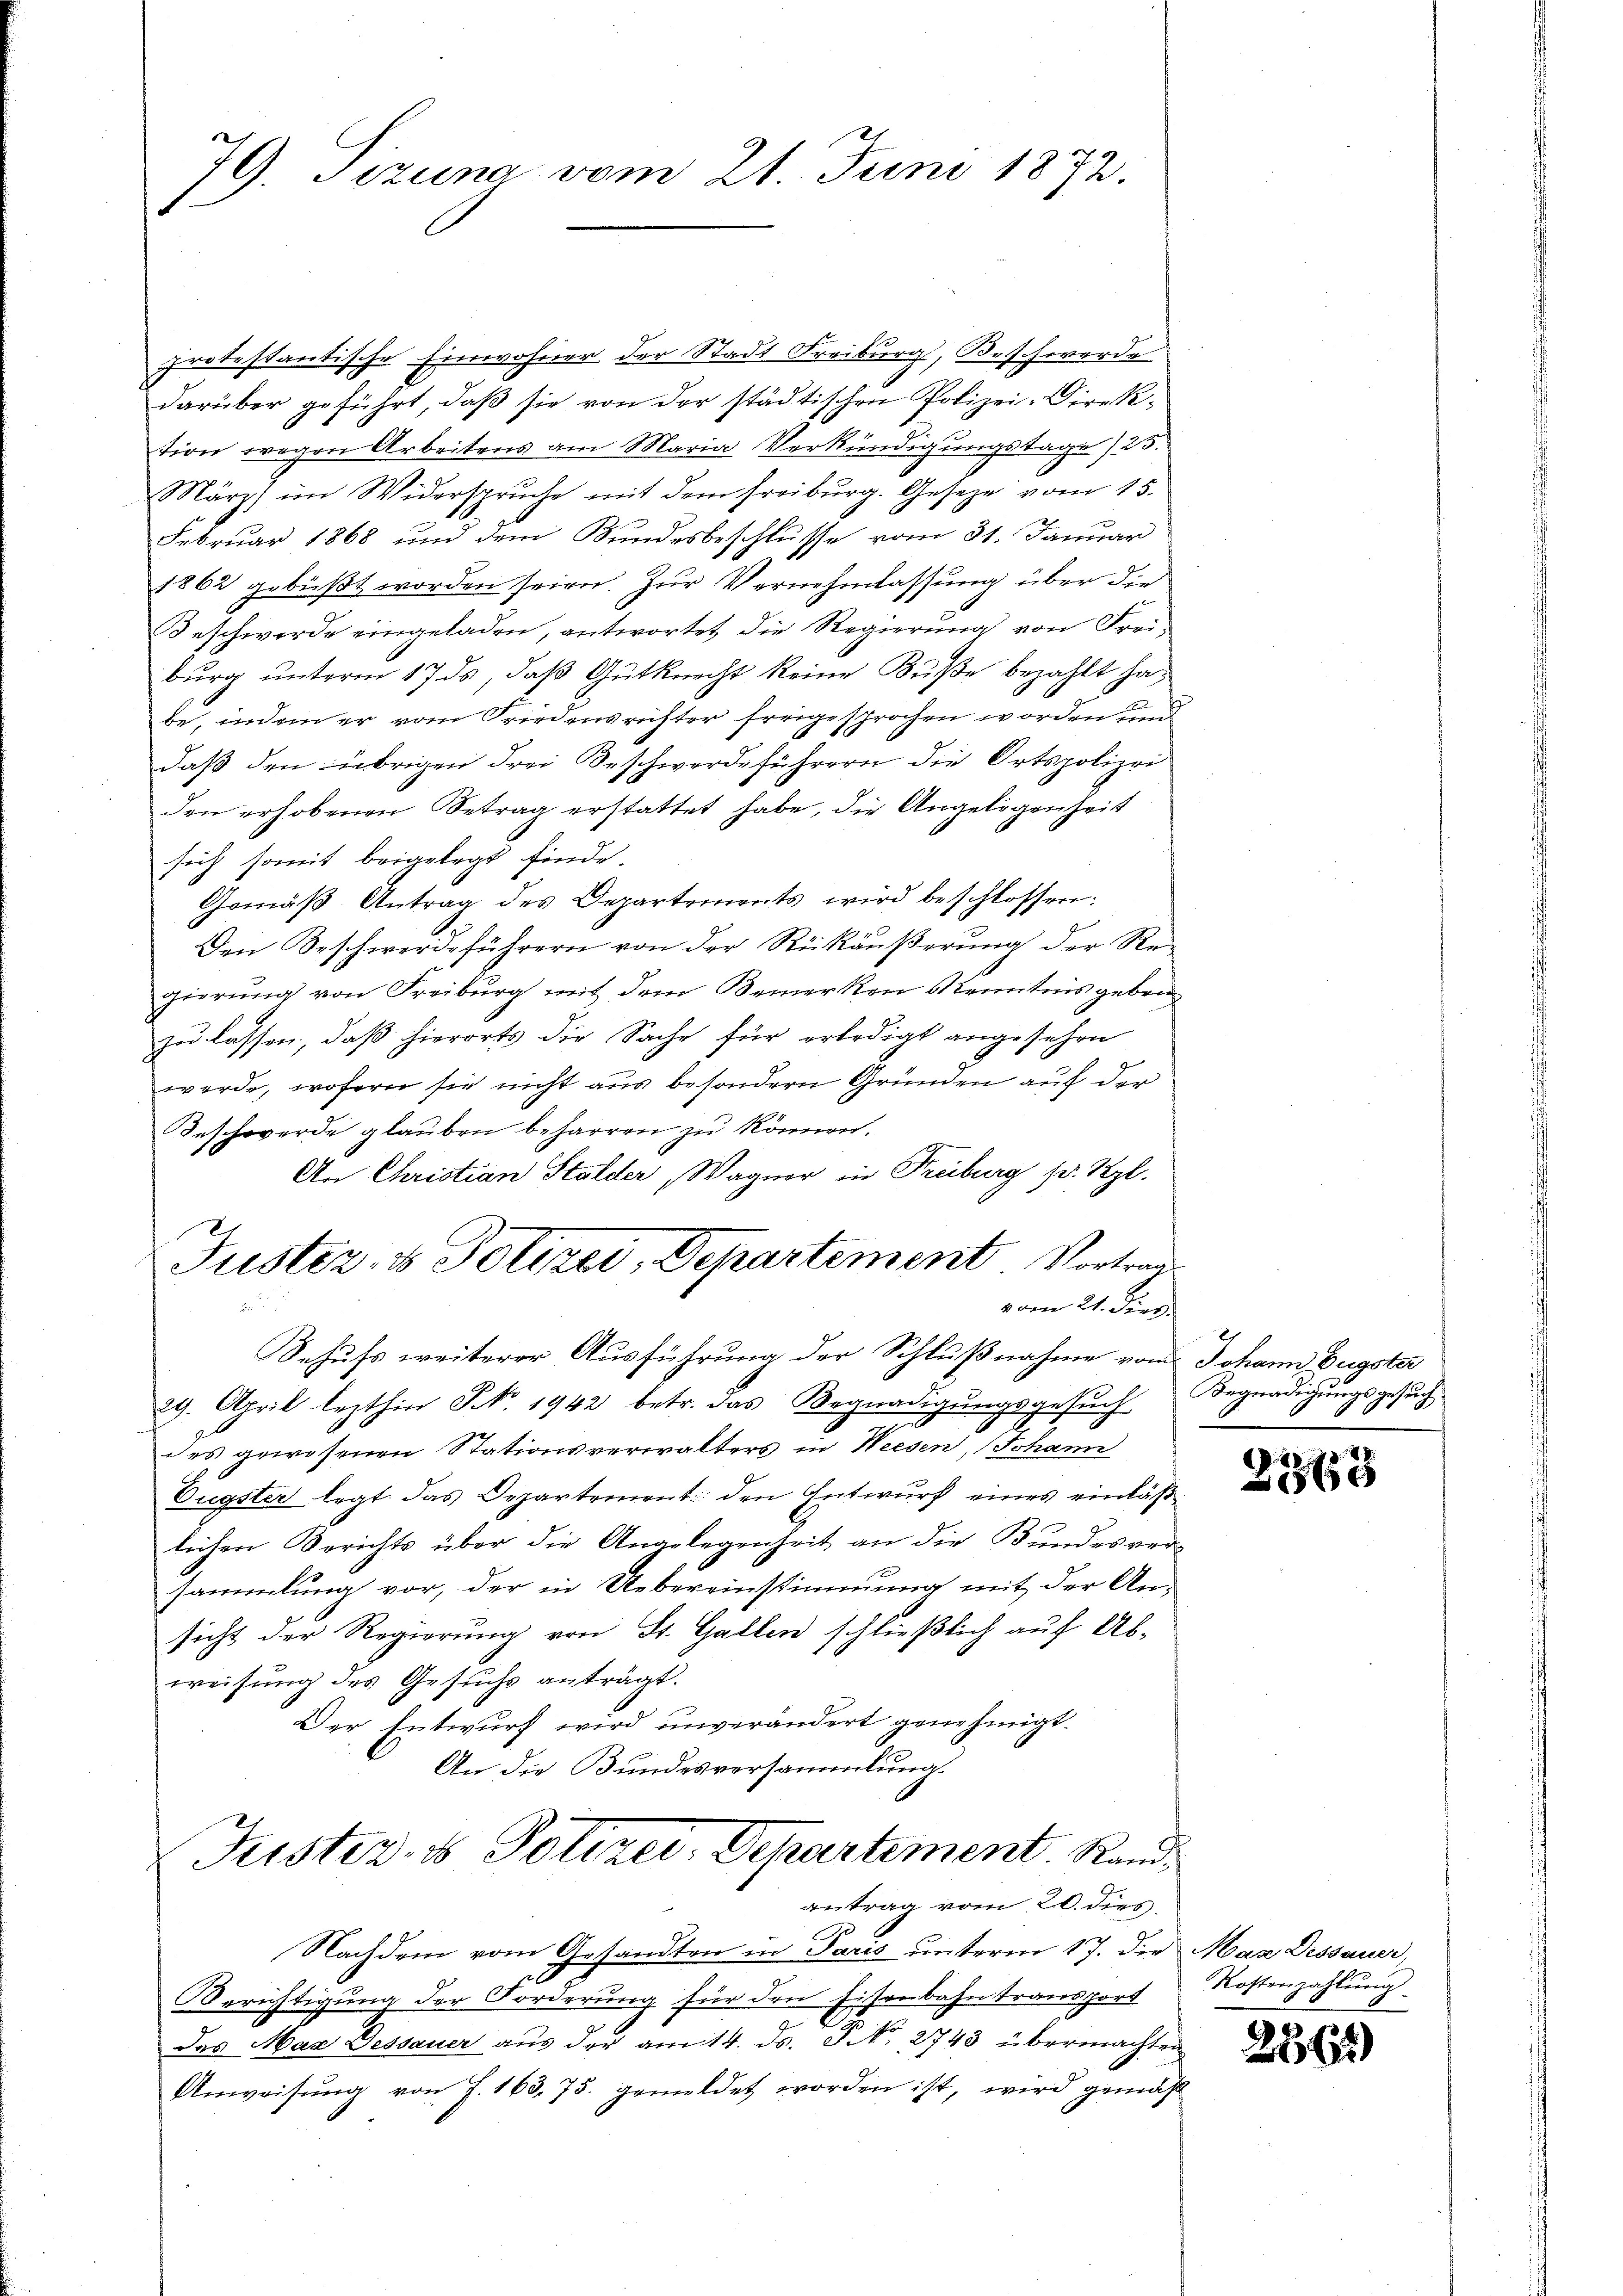
79. Tizuna vom 21. Juni 1872.

protestantische Einwohner der Stadt Freiburg, Beschwerde
darüber geführt, daß sie von der städtischen Polizei-Direktion wegen Arbeitens am Maria Verkündigungstage) 25.
März im Widerspruche mit dem Freiburg. Gesetze vom 15.
Februar 1868 und dem Bundesbeschlusse vom 31. Januar
1862 gebüßt worden seien. Zur Vernehmlassung über die
Beschwerde eingeladen, antwortet die Regierung von Freiburg unterm 17. ds, daß Gutknecht keine Buße bezahlt habe, indem er vom Friedensrichter freigesprochen worden und
daß den übrigen drei Beschwerdeführern die Ortspolizei
den erhobenen Betrag erstattet habe, die Angelegenheit
sich somit beigelegt finde.
Gemäβ Antrag des Departements wird beschlossen:
Den Beschwerdeführern von der Rückäußerung der Re-
gierŭng von Freiburg mit dem Bemerken Kenntnis geben
zu lassen, daß hierorts die Sache für erledigt angesehen
werde, wofern sie nicht aus besondern Gründen auf der
Beschwerde glauben beharren zu können.
An Christian Stalder, Wagner in Freiburg s. Rzl.
Fuster, u. Polizei, Departement Vortrag
vom 21. Fert
Behufs weiterer Ausführung der Schlußnahme vom Johann Eugster
29. April lezthin Nr. 1942 betr. das Begnadigŭngsgesŭch
des gewesenen Stationsverwalters in Weesen, Johann
Tügster legt das Departement: den Entwurf eines einläßlichen Berichts über die Angelegenheit an die Bundesver-
sammlung vor, der in Uebereinstimmung mit der Ansicht der Regierung von St. Gallen schließlich auf Abweisung des Gesuchs anträgt.
Der Entwurf wird unverändert genehmigt.
An die Bundesversammlung.
Justiz- & Polizei, Departement. Randantrag vom 20. dies
Nachdem vom Gesandten in Paris unterm 17. die Max Dessauer,
Berichtigung der Forderung für den Eisenbahn transport
das Max Dessauer aus der am 14. ds. S. 2743 übermachten
Anweisŭng von J. 163. 75. gemeldet worden ist, wird gemäß

Begnadigungsgesuch

8
565

Kostenzahlung

236)